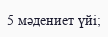
5 мәдениет үйі;